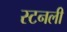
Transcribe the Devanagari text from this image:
स्टनली